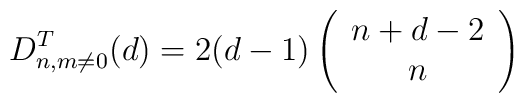
D^{T}_{n,m\neq 0}(d)=2 (d-1) \left(\begin{array}{c}n+d-2\\n\\\end{array}\right)